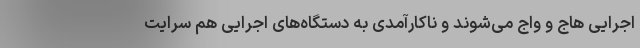
اجرایی هاج و واج می‌شوند و ناکارآمدی به دستگاه‌های اجرایی هم سرایت